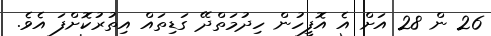
26 ން 28 އަށް އެ އޮފީހުން ހިދުމަތްދޭ ގަޑިތައް އިތުރުކޮށްފަ އެވެ.